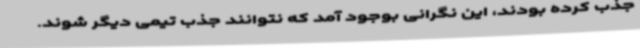
جذب کرده بودند، این نگرانی بوجود آمد که نتوانند جذب تیمی دیگر شوند.